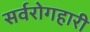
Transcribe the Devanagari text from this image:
सर्वरोगहारी